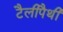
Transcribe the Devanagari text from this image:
टैलीपैथी